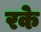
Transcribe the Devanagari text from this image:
रके